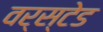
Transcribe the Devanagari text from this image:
वर्स्टेड